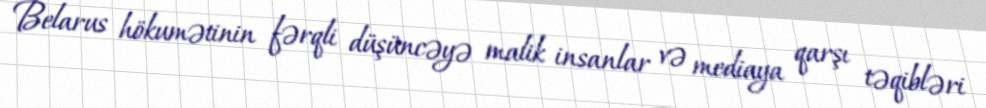
Belarus hökumətinin fərqli düşüncəyə malik insanlar və mediaya qarşı təqibləri